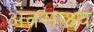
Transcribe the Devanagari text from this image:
अंतसाक्ष्य